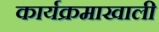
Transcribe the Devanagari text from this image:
कार्यक्रमाखाली